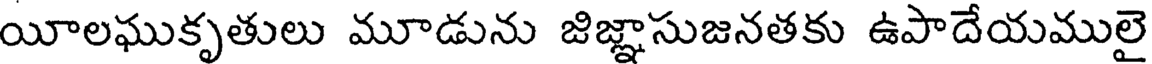
యీలఘుకృతులు మూడును జిజ్ఞాసుజనతకు ఉపాదేయములై